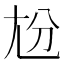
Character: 𡯕